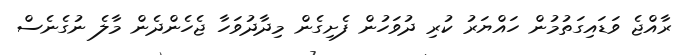
ރާއްޖެ ވަޑައިގަތުމުން ހައްޔަރު ކުރި ދުވަހުން ފެށިގެން މިދާދުވަހާ ޖެހެންދެން މާލެ ނުގެނެސް